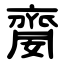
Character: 䶒